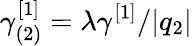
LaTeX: \gamma_{(2)}^{[1]}=\lambda\gamma^{[1]}/\vert q_{2}\vert